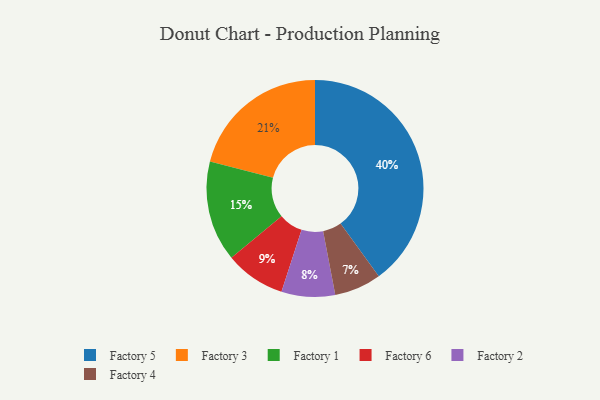
{"axis": {"x": "Category", "y": "Percentage"}, "legend": ["Factory 1", "Factory 2", "Factory 3", "Factory 4", "Factory 5", "Factory 6"], "data": [{"x": "Factory 3", "y": 21, "type": "Factory 3"}, {"x": "Factory 4", "y": 7, "type": "Factory 4"}, {"x": "Factory 1", "y": 15, "type": "Factory 1"}, {"x": "Factory 6", "y": 9, "type": "Factory 6"}, {"x": "Factory 5", "y": 40, "type": "Factory 5"}, {"x": "Factory 2", "y": 8, "type": "Factory 2"}]}